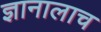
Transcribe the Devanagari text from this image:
ज्ञानालाच